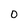
Character: 0